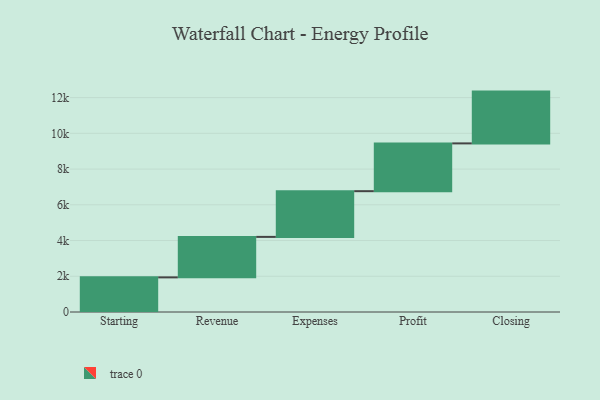
{"axis": {"x": "Step", "y": "Value"}, "legend": [""], "data": [{"x": "Starting", "y": 1938.0, "type": ""}, {"x": "Revenue", "y": 2266.0, "type": ""}, {"x": "Expenses", "y": 2559.0, "type": ""}, {"x": "Profit", "y": 2674.0, "type": ""}, {"x": "Closing", "y": 2899.0, "type": ""}]}